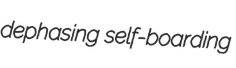
dephasing self-boarding